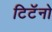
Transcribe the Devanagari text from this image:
टिटॅनो